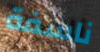
ناسفة